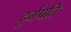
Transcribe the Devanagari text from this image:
दुर्गपति